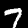
Digit: 7